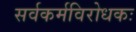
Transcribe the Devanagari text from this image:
सर्वकर्मविरोधकः